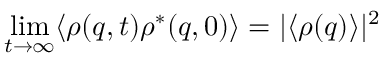
\operatorname* { l i m } _ { t \to \infty } \langle \rho ( q , t ) \rho ^ { \ast } ( q , 0 ) \rangle = | \langle \rho ( q ) \rangle | ^ { 2 }